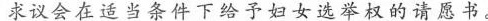
求议会在适当条件下给予妇女选举权的请愿书。